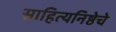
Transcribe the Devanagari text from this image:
साहित्यनिष्ठेचे